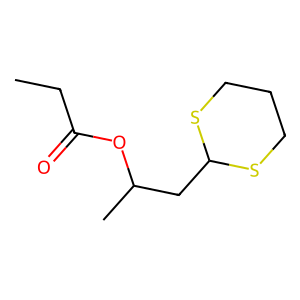
SMILES: CCC(=O)OC(C)CC1SCCCS1
Inhibits HIV replication: No